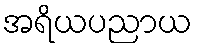
အရိယပညာယ